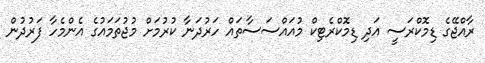
ރާއްޖޭގެ ޑިމޮކްރަސީ އަދި ޑިމޮކްރެޓިކް މުއައްސަސާތައް ހަރުދަނާ ކުރުމަށް މުޖުތަމައުގެ އެންމެހާ ފަރުދުން